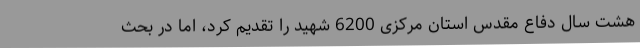
هشت سال دفاع مقدس استان مرکزی 6200 شهید را تقدیم کرد، اما در بحث